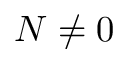
N \neq 0